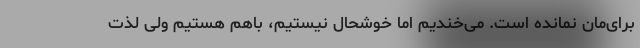
برای‌مان نمانده است. می‌خندیم اما خوشحال نیستیم، باهم هستیم ولی لذت